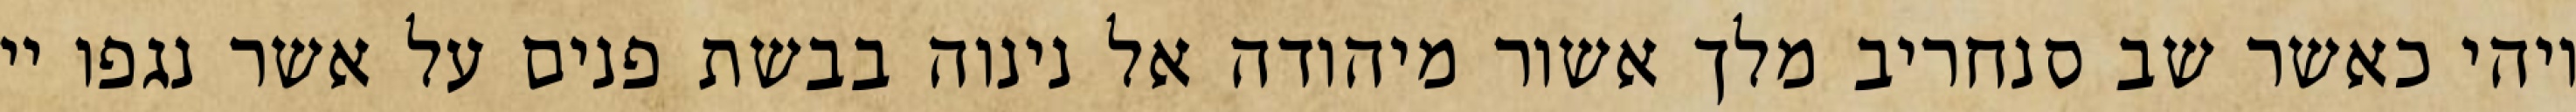
ויהי כאשר שב סנחריב מלך אשור מיהודה אל נינוה בבשת פנים על אשר נגפו יי